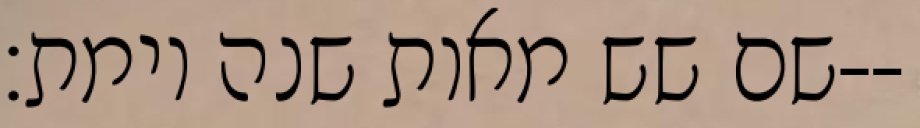
שם שש מאות שנה וימת׃--